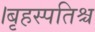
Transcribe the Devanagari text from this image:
।बृहस्पतिश्च